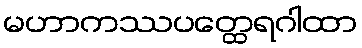
မဟာကဿပတ္ထေရဂါထာ